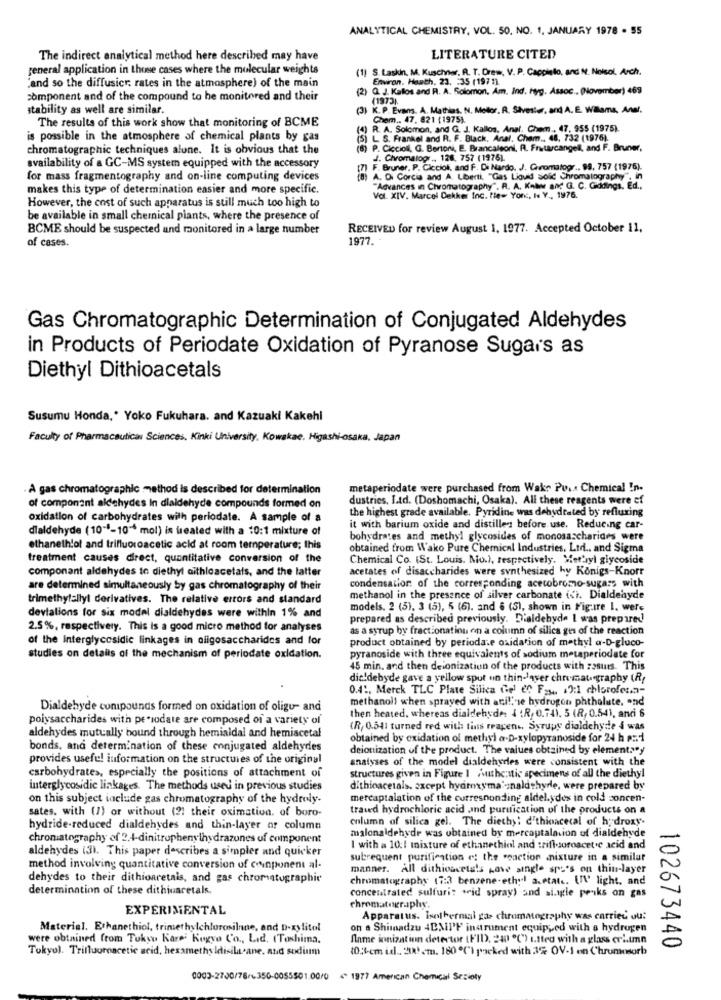
ANALYTICAL CHEMISTRY, VOL. 50. NO. 1, JANUARY 1978 . 55
The indirect analytical method here described may have
LITERATURE CITED
general application in thise cases where the molecular weights
(1) S. Laskin, M. Kuschnier, R. T. Drew, V. P. Caccialo, and M. Noisol, Arch.
"and so the diffusicr; rates in the atmosphere) of the main
Environ. Haath. 23. : 35 (1971).
(2) Q. J. Kallos and R. A. Solomon, Am. Ind. hyg. Assoc .. (November) 469
component and of the compound to be monitored and their
(1973).
stability as well are similar.
K.P. Evans. A. Mathias. N. Motor. R. Siveste, and A. E. Williams, Anal.
The results of this work show that monitoring of BCME
Chem .. 47, 821 (1975).
(4) R. A. Solomon, and G. J. Kallos, Anal. Chem , 47, 955 (1975).
is possible in the atmosphere of chemical plants by gas
IL S. Frankel and R. F. Black, Anal, Cham .. 48, 732 (1976).
chromatographic techniques alune. It is obvious that the
P. Ciccioll, G. Bertoni, E. Brancaleoni, R. Frutarcangell, and F. Bruner,
J. Chromatogr .. 126, 757 (1976).
availability of a GC-MS system equipped with the accessory
F. Bruner, P. Cicciol, and F. Di Nardo. J. Gromatogr .. 99, 757 (1975).
for mass fragmentography and on-line computing devices
A. Di Corcia and A. Liberti, "Gas Liquid solid Chromatography", in
makes this type of determination easier and more specific.
"Advances in Chromatography". R. A. Kowww and G. C. Giddings. Ed .,
However, the cost of such apparatus is still much too high to
Vol. XIV. Marcel Dekker Inc. few Yon, I Y ., 1976.
be available in small chemical plants, where the presence of
BCME should be suspected and monitored in a large number
RECEIVED for review August 1, 1977. Accepted October 11,
of cases.
1977.
Gas Chromatographic Determination of Conjugated Aldehydes
in Products of Periodate Oxidation of Pyranose Sugars as
Diethyl Dithioacetals
Susumu Honda,' Yoko Fukuhara. and Kazuaki Kakehi
Faculty of Pharmaceutical Sciences, Kinki University, Kowskae. Higashi-osaka, Japan
A gas chromatographic method is described for determination
metaperiodate were purchased from Wake Pu ... Chemical In-
dustries. I.td. (Doshomachi, Osaka). All these reagents were ef
of component aldehydes In dialdehyde compounds formed on
the highest grade available. Pyridine was dehydrated by refluxing
oxidation of carbohydrates with periodate. A sample of a
dialdehyde (10""-10" mol) is treated with a 10:1 mixture of
it with barium oxide and distillers before use. Reducing car-
bohydrates and methyl glycosides of monosaccharides were
ethanethlol and trifluoroacetic acid at room temperature; this
obtained from Wako Pure Chemical Industries. Ltd .. and Sigma
treatment causes direct, quantitative conversion of the
Chemical Co. (St. Louis. No.), respectively. Wer'syl glycoside
componant aldehydes to diethyl aithloacetals, and the latter
acetates of disaccharides were synthesized hy Konigs-Knorr
are determined simultaneously by gas chromatography of their
condensation of the corresponding acecobromo-sugars with
trimethylally! derivatives. The relative errors and standard
methanol in the presence of silver carbonate ici. Dialdehyde
deviations for six model dialdehydes were within 1% and
models. 2 (5), 3 (5), 5 (6). and 6 (5), shown in Figure 1. were
prepared as described previously. D'aldehyde I was prepared
2.5%, respectively. This is a good micro method for analyses
as a syrup by fractionation on a column of silica gus of the reaction
of the Interglycosidic linkages in oligosaccharides and for
product obtained by periodase oxidation of methyl a-D-gluco-
studies on details of the mechanism of periodate oxidation.
pyranoside with three equivalents of sodium metaperiodate for
45 min. and then deionization of the products with :ssuis. This
dic'debyde gave a yellow sput un thin-laver chromatography (R/
0.4 :, Merck TLC Plate Silica Gel en Fa ., 19:1 chlorolesa-
methanol) when sprayed with acil, se hydrogen phthalute, and
Dialdehyde conipounds formed on oxidation of oligu- and
then heated, whereas dialdehyde: 4 :R, 0.74). 5 (R, 0.54), anci 6
polysaccharides with pe sodate are composed of a variety of
aldehydes mutually bound through hemialdal and hemiacetal
(R, 0.541 turned red with tins rrapen ., Syrups dialdehyde i was
obtained by oxidation of methyl a.D-xylopyranoside for 24 h :: 1
bonds, and determination of these conjugated aldehydes
deionization of the product. The values obtained by element."y
provides useful information on the structures of the original
analyses of the model dialdehydles were consistent with the
structures given in Figure I /withestic specimens of all the diethyl
carbohydrates, especially the positions of attachment of
interglycosidie linkages. The methods used in previous studies
dithioacetals. except hydroxyma'-naldthyrle, were prepared by
on this subject include gas chromatography of the hydroly-
mercaptalation of the corresponding aldel.ydes in cold soncen-
sates. with (1) or without (21 their oximation. of boro-
traved hydrochloric acid and puruication of the products on a
column of silica gel. The diethy: c'thioncecal of hydroxy.
hydride-reduced dialdehydes and thin-layer or column
chromatography of 2.4-dinitrophenylhydrazones of component
malonaldehyde was obtained by mercaptalation of dialdehyde
aldehydes (3). This paper describes a simpler and quicker
I with a 10:1 mixture of ethanethiol and :riflesoroacetic acid and
subrequent purification e: the reaction mixture in a similar
method involving quantitative conversion of conponent al-
manner. All dithioacetals pove single sps's on thin-layer
dehydes to their dithioaretais, and gas chromatographie
chromatography (7:3 benzene-ethyl acetate. UN' light, and
determination of these dithiusretals.
concentrated sulfuri? seid spray) and al.wie peaks on gas
EXPERIMENTAL
chromatography.
Apparatus. Iselbermal gas chromatography was carried ou:
Material. Ethanethiol, trimethylchlorosilnne, and D.xylitol
on a Shimadzu 4DMIF inarument equipped with a hydrogen
were obtained from Tukyu Kare Kogyo Co ., Lid, (Toshima.
fame ionization detertor (FID, 240 ℃) utted with a glass crime
Tokyol. Trifluoroacetic acid, hexamethyldisilacane, and sodium
10:4cm id .. 2! cm. 160 0℃') packed with 35 OV-1 on Chromosorb
102673440
0003-2700/78/1350-0055501.00/0
1977 American Chemical Sezioty